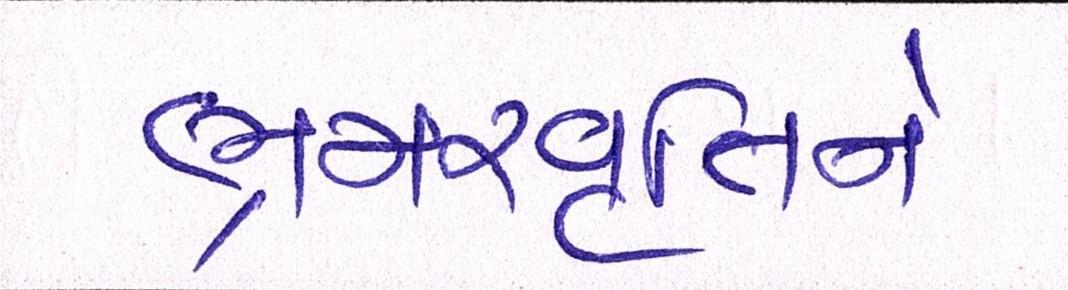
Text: ભ્રમરવૃતિને